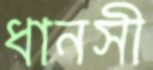
ধানসী